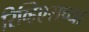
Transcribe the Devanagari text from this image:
रिव्हिएराच्या